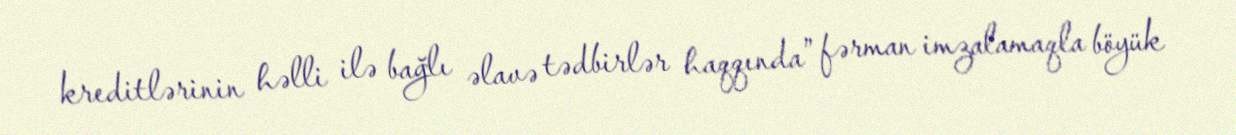
kreditlərinin həlli ilə bağlı əlavə tədbirlər haqqında” fərman imzalamaqla böyük